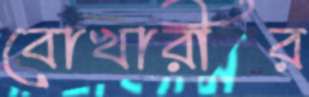
বোখারীর